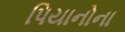
પિયાનોના